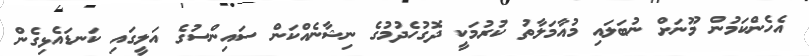
އެހެންކަމުން މޫނަށް ނުބަލައި މުއާމަލާތު ކުރުމަކީ ދޮގުހެދުމުގެ ނިޝާނެއްކަން ސައިންސުގެ އަލީގައި ކަނޑައެޅިގެން